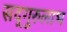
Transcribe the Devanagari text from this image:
सद्‌गुरुलाभ